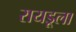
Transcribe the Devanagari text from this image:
रायडूला